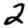
Digit: 2